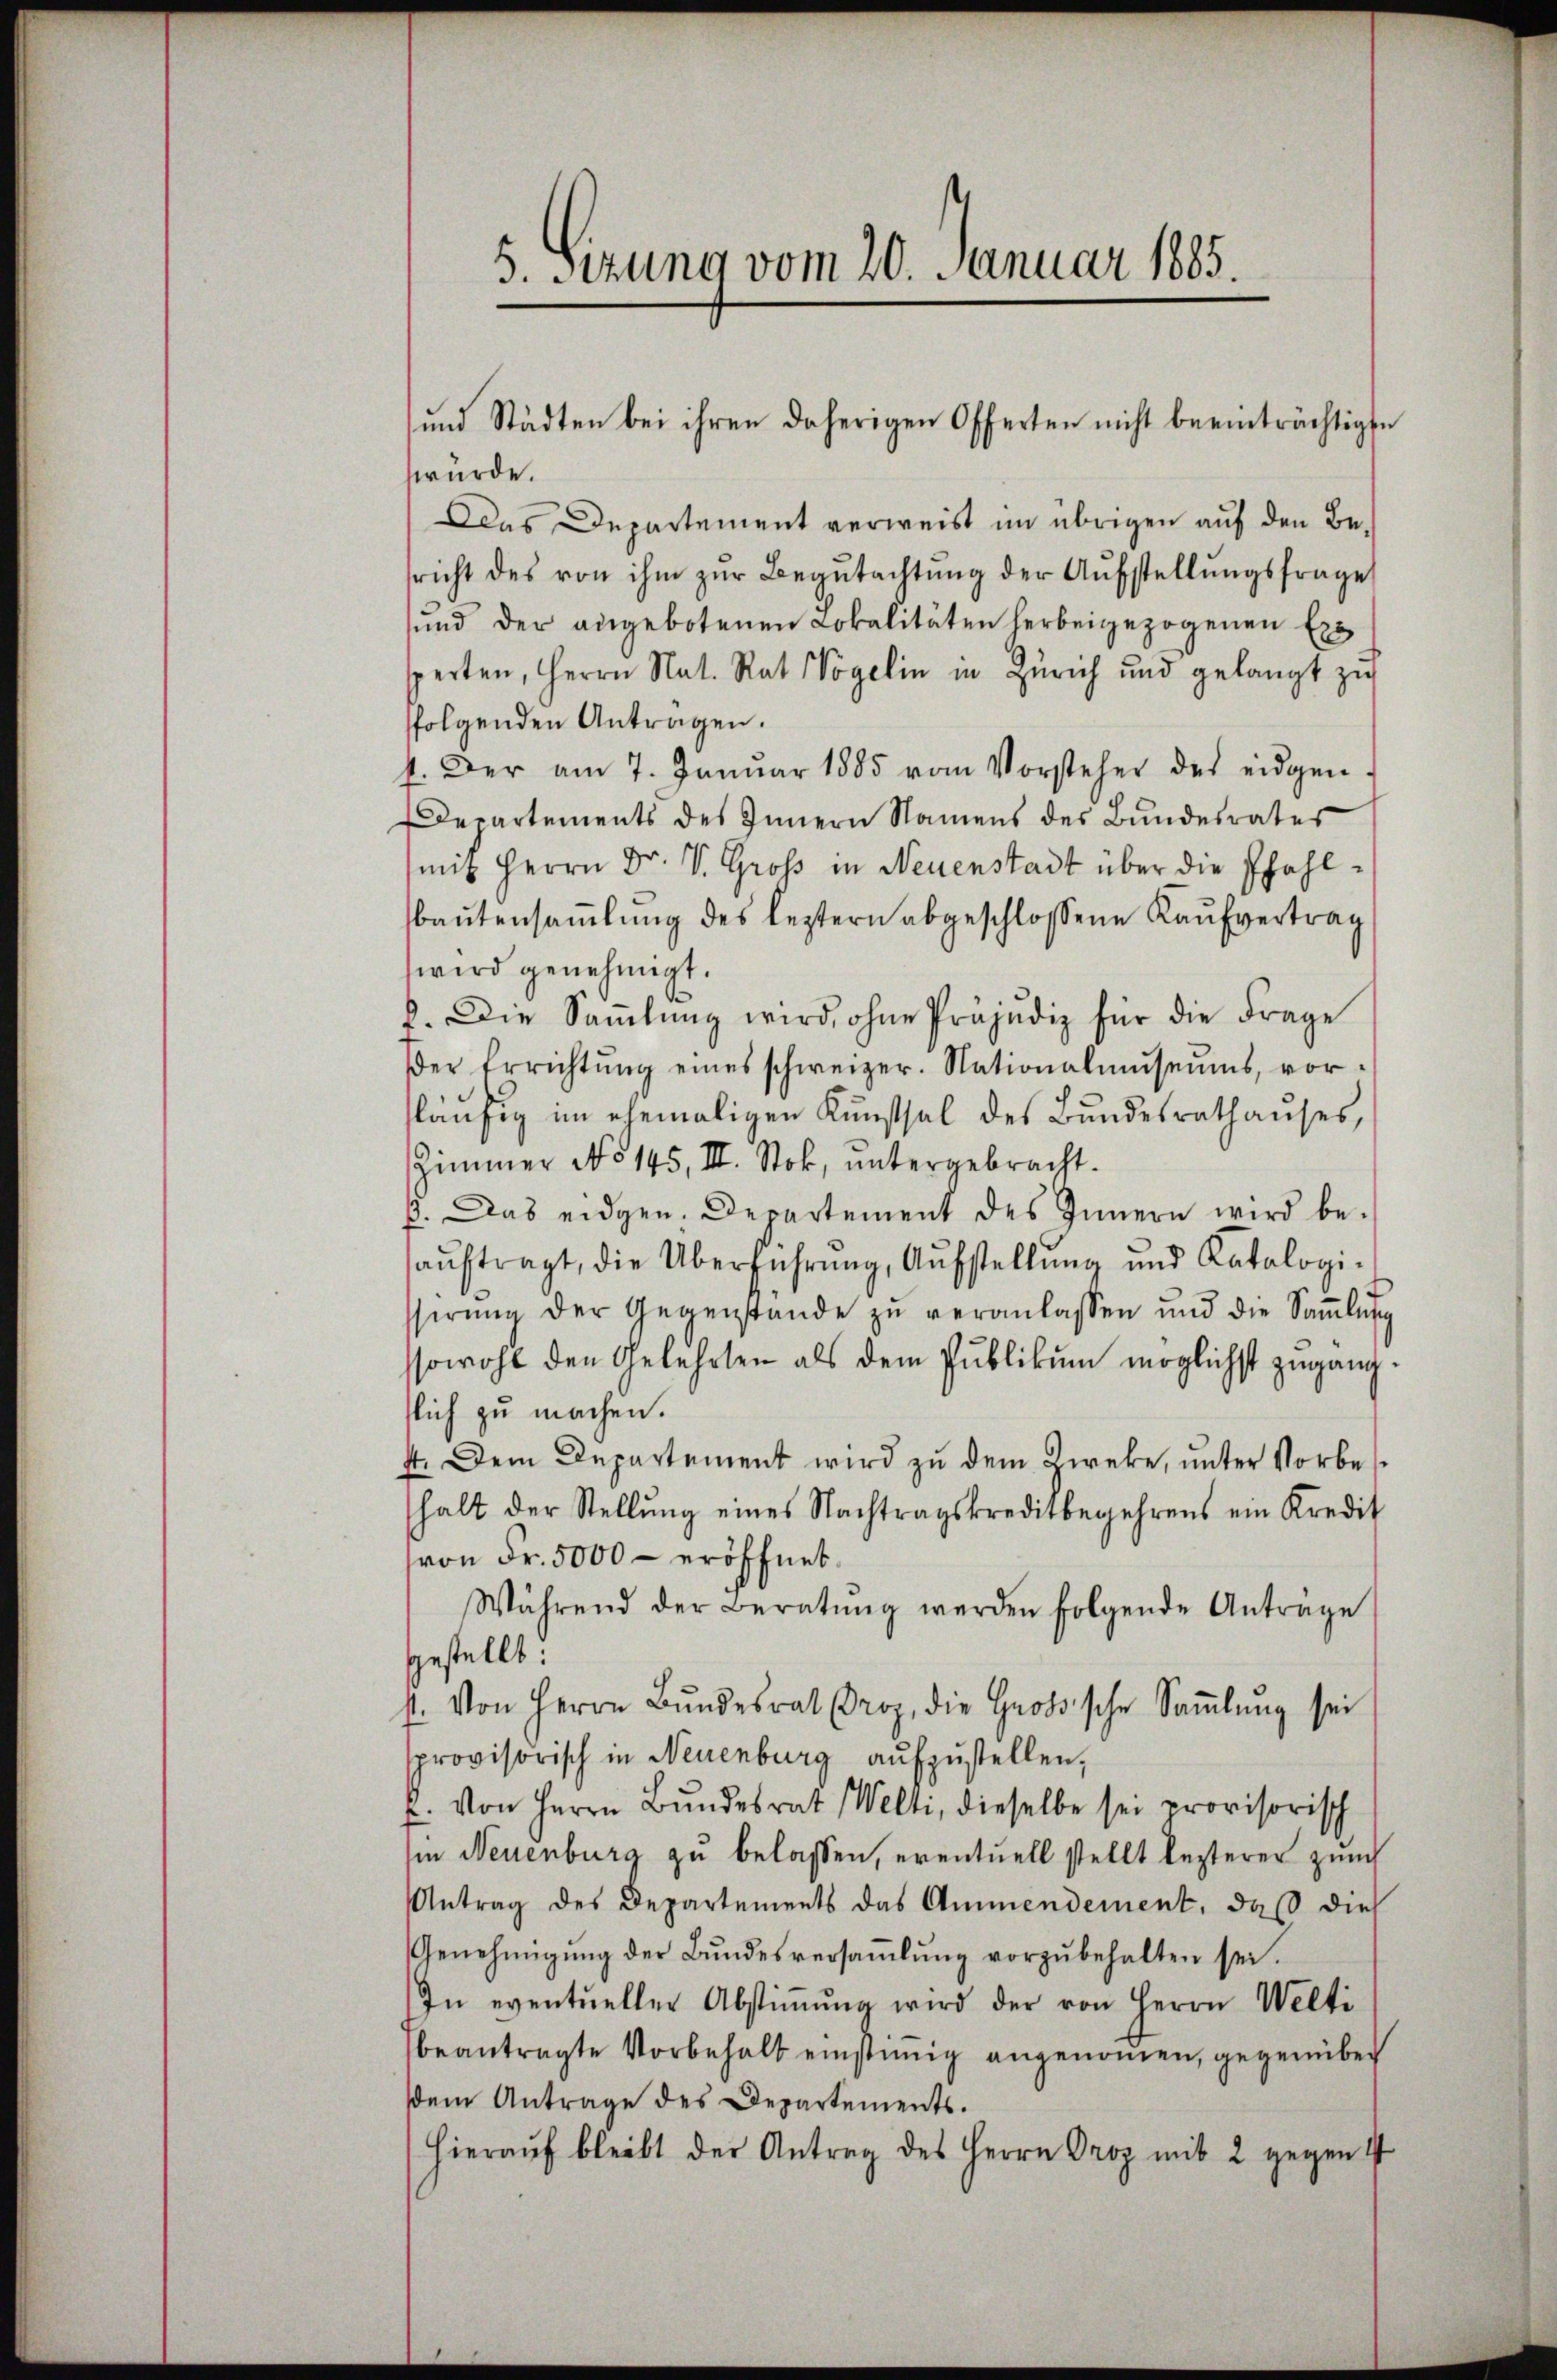
würde.
Das Departement verweist im übrigen auf den Besricht des von ihm zŭr Begŭtachtŭng der Aŭfstellŭngsfrage
ŭnd der angebotenen Lokalitäten herbeigezogenen Exe
sperten, Herrn Nat. Rat Vogelin in Zürich und gelangt zu
folgenden Antragen.
4. Der am 7. Januar 1885 vom Vorsteher des eidgen.
Departements des Innern Namens des Bundesrates
mit Herrn Dr. V. Groß in Neuenstadt über die Pfahlbaŭtensaṁlŭng des leztern abgeschlossene Kaŭfvertrag
wird genehmigt.
2. Die Saṁlŭng wird, ohne Präjudiz für die Frage
Der Errichtŭng eines schweizer. Nationalmŭseŭms vor-
släufig im ehemaligen Kunstsal des Bundesrathauses,
Zimmer No 145, III. Stok, untergebracht.
p. Das eidgen. Departement des Innern wird be-
aŭftragt, die Überführŭng, Aŭfstellŭng und Katalogi-
sserŭng der Gegenstande zŭ veranlassen und die Saṁlŭng
ssowohl den Gelehrten als dem Publikum möglichst zugangslich zu machen.
4. Dem Departement wird zu dem Direke, unter Vorbehalt der Stellŭng eines Nachtragskreditbegehrens ein Kredit
von Fr. 5000 - eröffnet.
Während der Beratŭng werden folgende Antrage
gestellt.
st. Von Herrn Bŭndesrat Droz. die Großsche Saṁlŭng sei
provisorisch in Neuenburg aufzustellen,
E. Von Herrn Bŭndesrat Welti, dieselbe sei provisorisch
Iin Neuenburg zu belassen, eventuell stellt lezterer zürch
Antrag des Departements das Ammendement, daß dies
Genehmigŭng der Bŭndesversaṁlŭng vorzŭbehalten sei.
In eventueller Abstiṁŭng wird der von Herrn Welti
beantragte Vorbehalt einstiṁig angenommen, gegenüber
dem Antrage des Departements.
hieraŭf bleibt der Antrag des Herrn Proz mit 2 gegen 4

5. Sizung vom 20. Januar 1885.

und Städten bei ihren daherigen Offerten nicht beeinträchtigte